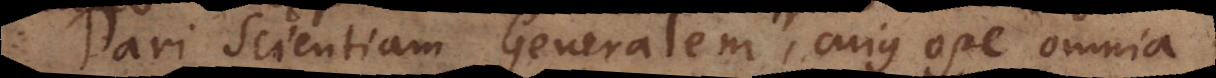
Dari Scientiam Generalem, cujus ope omnia